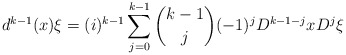
\begin{align*}d^{k-1}(x)\xi = (i)^{k-1} \sum_{j=0}^{k-1} \binom{k-1}{j}(-1)^jD^{k-1-j}xD^j\xi \end{align*}